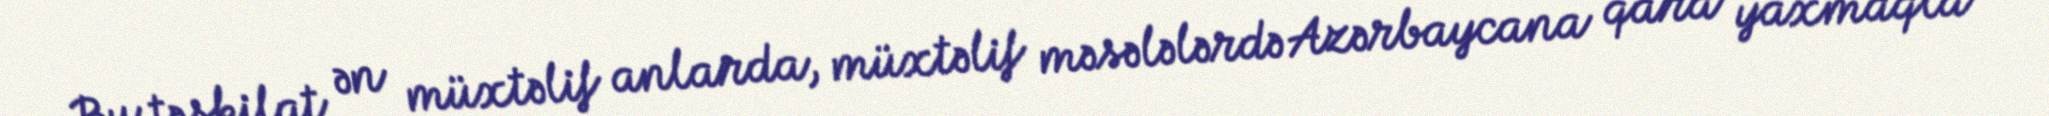
Bu təşkilat ən müxtəlif anlarda, müxtəlif məsələlərdə Azərbaycana qara yaxmaqla